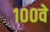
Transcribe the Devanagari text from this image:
१००वे